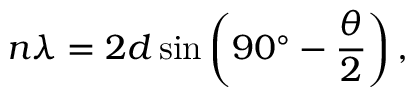
n \lambda = 2 d \sin \left( 9 0 ^ { \circ } - { \frac { \theta } { 2 } } \right) ,